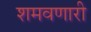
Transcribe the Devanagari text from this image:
शमवणारी